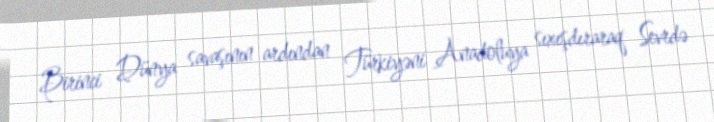
Birinci Dünya savaşının ardından Türkiyəni Anadoluya sıxışdıraraq Sevrdə